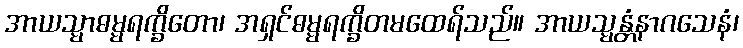
အာယသ္မာဓမ္မရက္ခိတော၊ အရှင်ဓမ္မရက္ခိတမထေရ်သည်။ အာယသ္မန္တံနာဂသေနံ၊